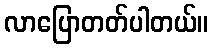
လာပြောတတ်ပါတယ်။